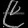
Digit: ၉